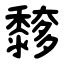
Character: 䵙